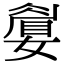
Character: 𡡚